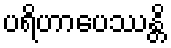
ပရိဟာပေဿန္တိ